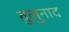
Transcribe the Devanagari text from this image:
तुलुनाद